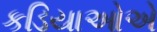
કડિયાઓએ